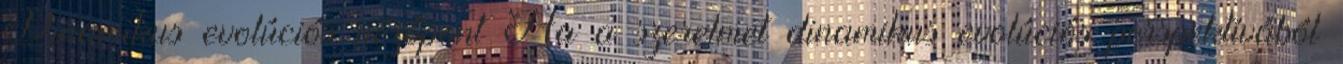
Dinamikus evolúciós nézőpont Ha a szerelmet dinamikus evolúciós perspektívából